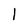
Character: l